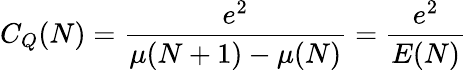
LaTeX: C_{Q}(N)={\frac{e^{2}}{\mu(N+1)-\mu(N)}}={\frac{e^{2}}{E(N)}}